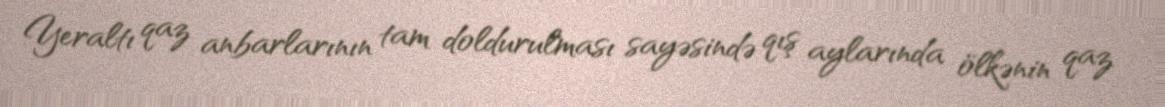
Yeraltı qaz anbarlarının tam doldurulması sayəsində qış aylarında ölkənin qaz